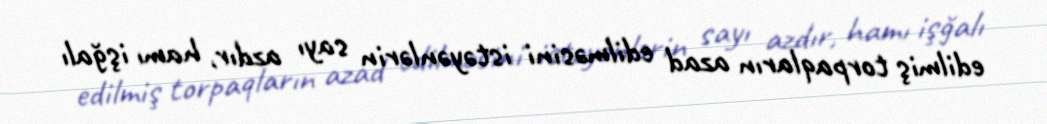
edilmiş torpaqların azad edilməsini istəyənlərin sayı azdır, hamı işğalı